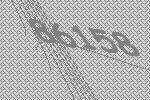
86158